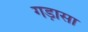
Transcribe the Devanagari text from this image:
गड़ासा